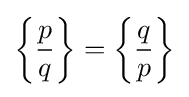
\left\{{\frac {p}{q}}\right\}=\left\{{\frac {q}{p}}\right\}